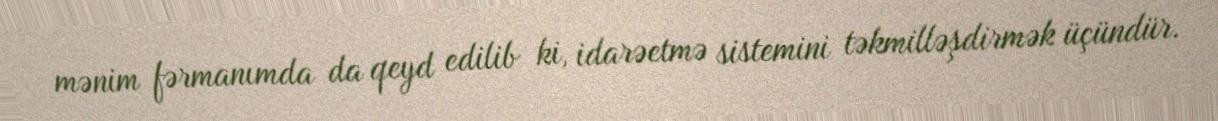
mənim fərmanımda da qeyd edilib ki, idarəetmə sistemini təkmilləşdirmək üçündür.